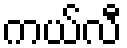
ကယ်လီ